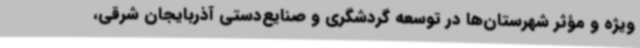
ویژه و مؤثر شهرستان‌ها در توسعه گردشگری و صنایع‌دستی آذربایجان شرقی،